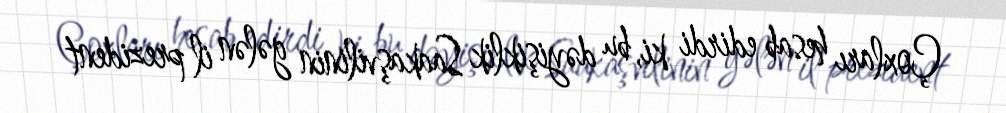
Çoxları hesab edirdi ki, bu dəyişiklik Saakaşvilinin gələn il prezident